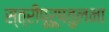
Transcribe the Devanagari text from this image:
स्त्रीपूरूषतुलना